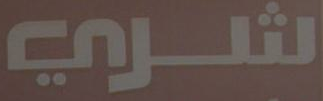
شري